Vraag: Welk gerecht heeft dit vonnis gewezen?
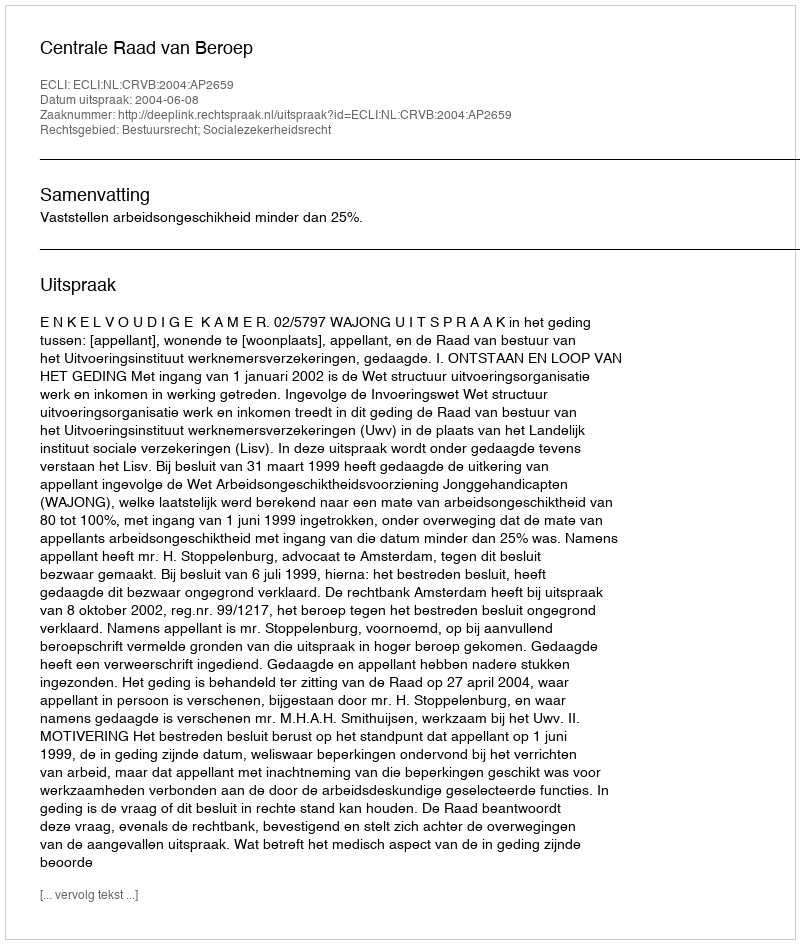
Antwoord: Centrale Raad van Beroep